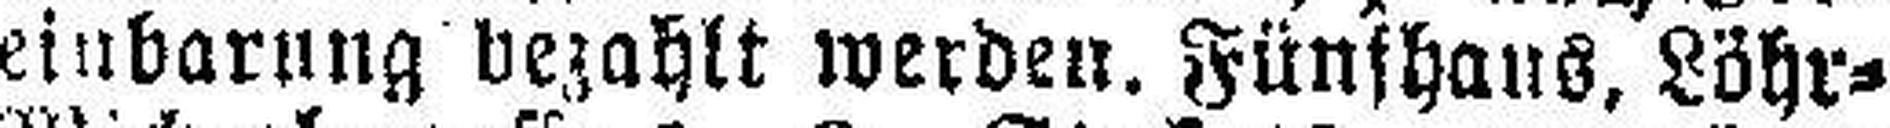
einbarung bezahlt werden. Fünfhaus, Löhr=